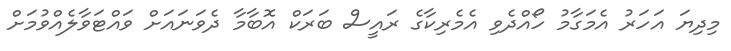
މިދިޔަ އަހަރު އެމަގާމު ހޯއްދެވި އެމެރިކާގެ ރައީސް ބަރަކް އޮބާމާ ދެވަނައަށް ވައްޓަވާލެއްވުމަށް